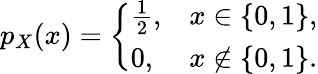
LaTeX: p_{X}(x)={\left\{ \begin{array}{ll}{{\frac{1}{2}},}&{x\in\{ 0,1\} ,}\\ {0,}&{x\notin\{ 0,1\} .}\end{array}\right.}